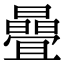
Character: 曡